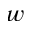
w